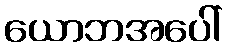
ယောဘအပေါ်